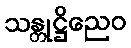
သန္တုဋ္ဌိညေဝ